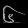
Digit: ၆